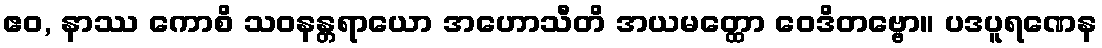
ဧဝ, နာဿ ကောစိ သဝနန္တရာယော အဟောသီတိ အယမတ္ထော ဝေဒိတဗ္ဗော။ ပဒပူရဏေန